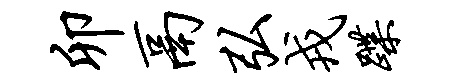
卯鬲弘戎蹀